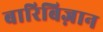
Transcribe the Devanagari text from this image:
बारिबिज़ान